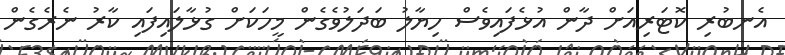
އެނބުރި ކޮޓަރިއަށް ދާން އުޅެފައިވެސް ހިޔާލު ބަދަލުވެގެން މީހަކަށް ގުޅާލައިފައި ކާރު ނެރެގެން